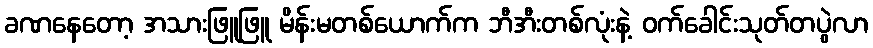
ခဏနေတော့ အသားဖြူဖြူ မိန်းမတစ်ယောက်က ဘီအီးတစ်လုံးနဲ့ ဝက်ခေါင်းသုတ်တပွဲလာ